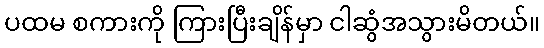
ပထမ စကားကို ကြားပြီးချိန်မှာ ငါဆွံအသွားမိတယ်။